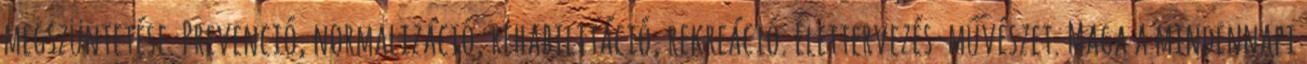
megszüntetése. Prevenció, normalizáció, rehabilitáció, rekreáció. Élettervezés-művészet. Maga a mindennapi